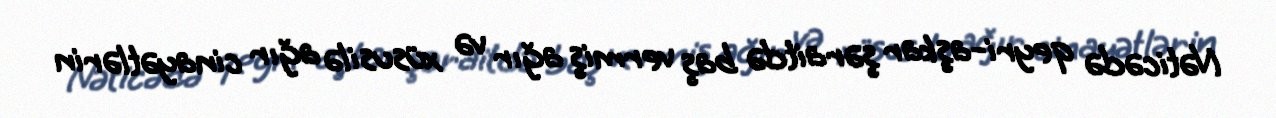
Nəticədə qeyri-aşkar şəraitdə baş vermiş ağır və xüsusilə ağır cinayətlərin